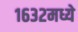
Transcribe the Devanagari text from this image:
१६३२मध्ये